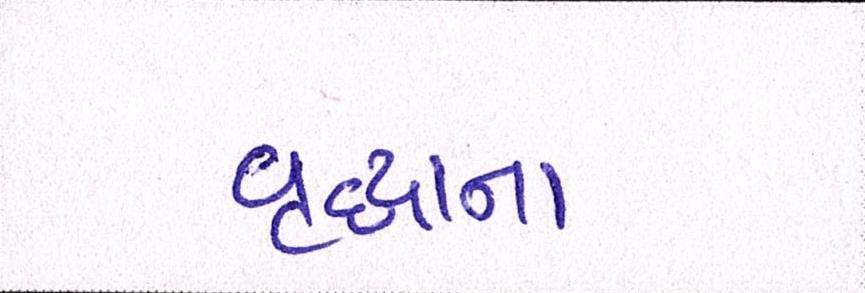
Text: વૃદ્ધાના